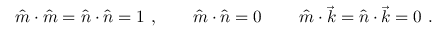
\hat { m } \cdot \hat { m } = \hat { n } \cdot \hat { n } = 1 \ , \qquad \hat { m } \cdot \hat { n } = 0 \, \qquad \hat { m } \cdot \vec { k } = \hat { n } \cdot \vec { k } = 0 \ .